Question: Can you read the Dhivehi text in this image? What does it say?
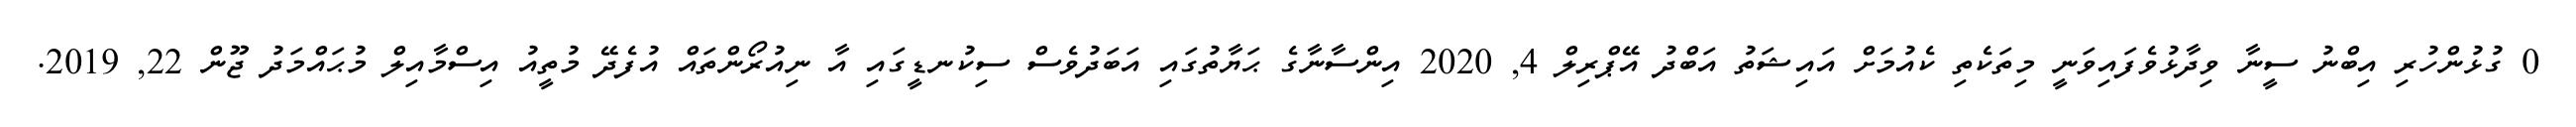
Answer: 0 ގުޅުންހުރި އިބްނު ސީނާ ވިދާޅުވެފައިވަނީ މިތަކެތި ކެއުމަށް އައިޝަތު އަބްދު އޭޕްރިލް 4, 2020 އިންސާނާގެ ޙަޔާތުގައި އަބަދުވެސް ސިކުނޑީގައި އާ ނިއުރޯންތައް އުފެދޭ މުތީއު އިސްމާއިލް މުޙައްމަދު ޖޫން 22, 2019.